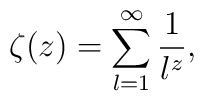
\zeta(z)=\sum_{l=1}^\infty \frac{1}{l^z},